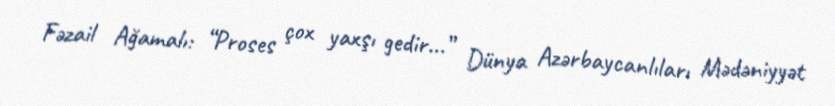
Fəzail Ağamalı: “Proses çox yaxşı gedir...” Dünya Azərbaycanlıları Mədəniyyət